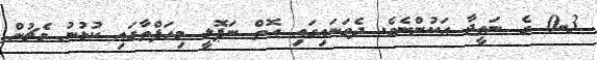
0-3 ގެ ނަތީޖާ އަކުންނެވެ. ދެވަނައިގައި އޮތް ނަޕޮލީ މިހަފްތާގައި ކުޅުނު މެޗުން